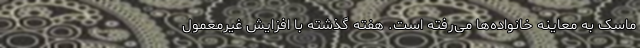
ماسک به معاینه خانواده‌ها می‌رفته است. هفته گذشته با افزایش غیرمعمول